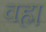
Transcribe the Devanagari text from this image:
वह्म